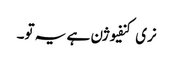
نری کنفیوژن ہے یہ تو۔